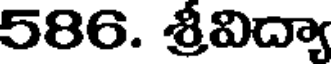
586. శ్రీవిద్యా